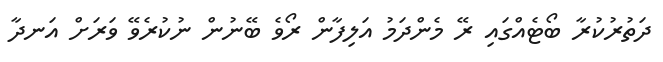
ދަތުރުކުރާ ބޯޓެއްގައި ރޭ މެންދަމު އަލިފާން ރޯވެ ބޭނުން ނުކުރެވޭ ވަރަށް އަނދާ